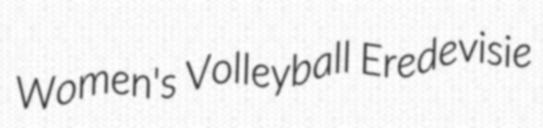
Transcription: Women's Volleyball Eredevisie